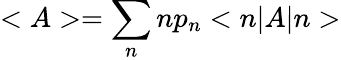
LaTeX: <A>=\sum_{n}np_{n}<n|A|n>